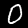
Label: 0